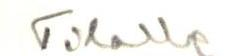
Tilalle